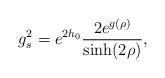
\begin{align*}g_s^2 = e^{2h_0} {2e^{g(\rho)}\over \sinh(2\rho)},\end{align*}